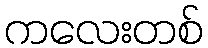
ကလေးတစ်